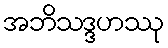
အဘိသဒ္ဒဟဿု